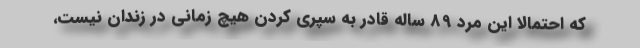
که احتمالا این مرد 89 ساله قادر به سپری کردن هیچ زمانی در زندان نیست،